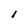
Character: 1